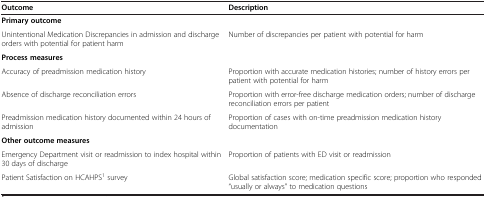
| Outcome | Description |
 | --- | --- |
 | <COLSPAN=2> Primary outcome |
 | Unintentional Medication Discrepancies in admission and discharge orders with potential for patient harm | Number of discrepancies per patient with potential for harm |
 | <COLSPAN=2> Process measures |
 | Accuracy of preadmission medication history | Proportion with accurate medication histories; number of history errors per patient with potential for harm |
 | Absence of discharge reconciliation errors | Proportion with error-free discharge medication orders; number of discharge reconciliation errors per patient |
 | Preadmission medication history documented within 24 hours of admission | Proportion of cases with on-time preadmission medication history documentation |
 | <COLSPAN=2> Other outcome measures |
 | Emergency Department visit or readmission to index hospital within 30 days of discharge | Proportion of patients with ED visit or readmission |
 | Patient Satisfaction on HCAHPS1 survey | Global satisfaction score; medication specific score; proportion who responded “usually or always” to medication questions |